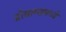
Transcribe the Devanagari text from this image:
प्रोग्राम्समध्ये